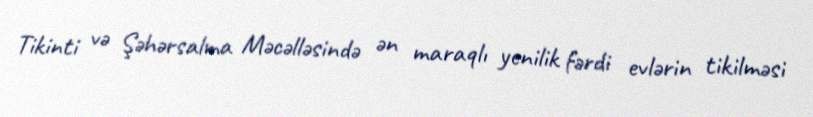
Tikinti və Şəhərsalma Məcəlləsində ən maraqlı yenilik fərdi evlərin tikilməsi